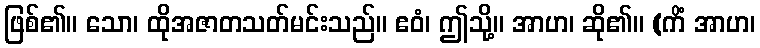
ဖြစ်၏။ သော၊ ထိုအဇာတသတ်မင်းသည်။ ဧဝံ၊ ဤသို့။ အာဟ၊ ဆို၏။ (ကိံ အာဟ၊